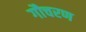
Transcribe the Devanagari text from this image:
गौचरण